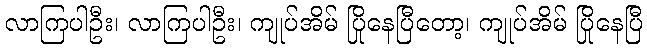
လာကြပါဦး၊ လာကြပါဦး၊ ကျုပ်အိမ် ပြိုနေပြီတော့၊ ကျုပ်အိမ် ပြိုနေပြီ